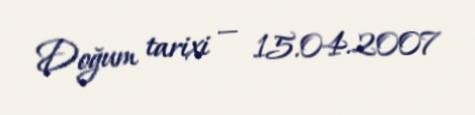
Doğum tarixi — 15.04.2007